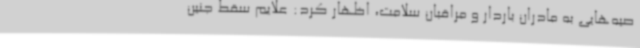
صیه‌هایی به مادران باردار و مراقبان سلامت، اظهار کرد: علایم سقط جنین